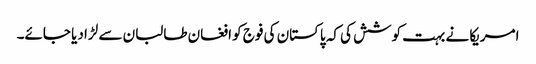
امریکا نے بہت کوشش کی کہ پاکستان کی فوج کو افغان طالبان سے لڑا دیا جائے۔